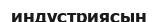
индустриясын